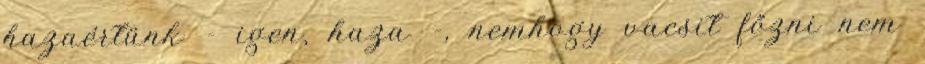
hazaértünk - igen, haza -, nemhogy vacsit főzni nem